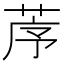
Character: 𦯅